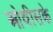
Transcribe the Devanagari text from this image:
ओवीसके